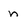
Character: n